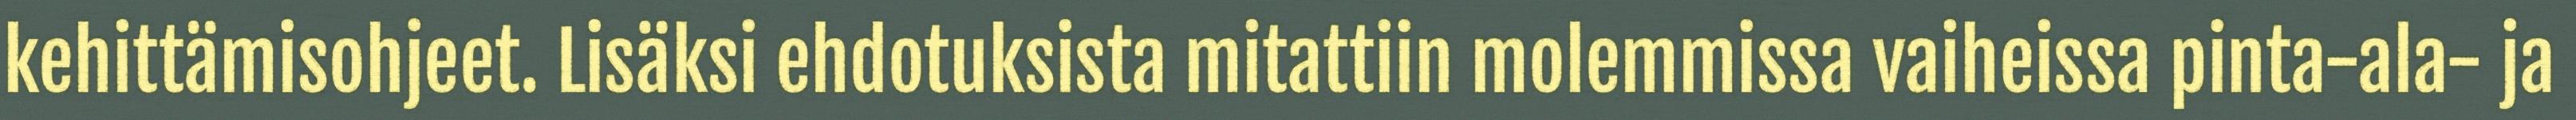
kehittämisohjeet. Lisäksi ehdotuksista mitattiin molemmissa vaiheissa pinta-ala- ja